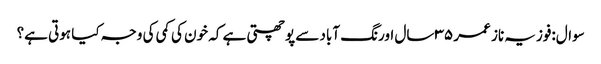
سوال:فوزیہ ناز عمر ۳۵ سال اورنگ آباد سے پوچھتی ہے کہ خون کی کمی کی وجہ کیا ہوتی ہے؟